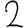
Digit: 2